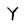
Character: Y